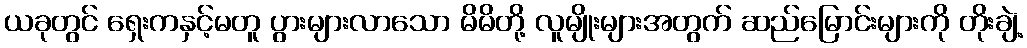
ယခုတွင် ရှေးကနှင့်မတူ ပွားများလာသော မိမိတို့ လူမျိုးများအတွက် ဆည်မြောင်းများကို တိုးချဲ့